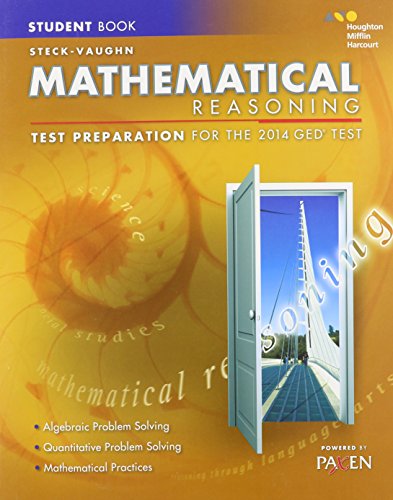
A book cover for Steck-Vaughn GED: Test Preparation Student Edition Mathematical Reasoning 2014; STECK-VAUGHN; Test Preparation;